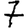
Digit: 7